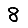
Digit: 8